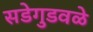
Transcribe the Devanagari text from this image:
सडेगुडवळे